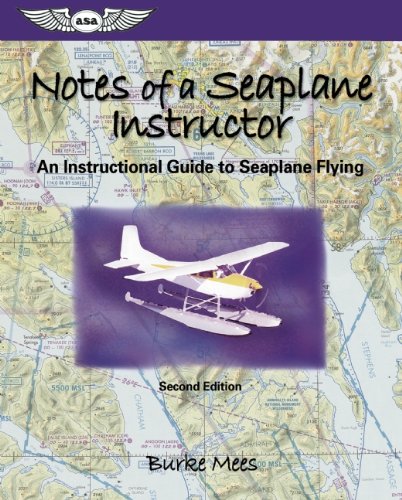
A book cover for Notes of a Seaplane Instructor: An Instructional Guide to Seaplane Flying (ASA Training Manuals); Burke Mees; Engineering & Transportation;